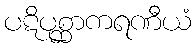
ပဋိပုစ္ဆာကရဏီယံ